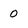
Character: 0